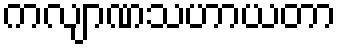
ကလျာဏသဟာယတာ